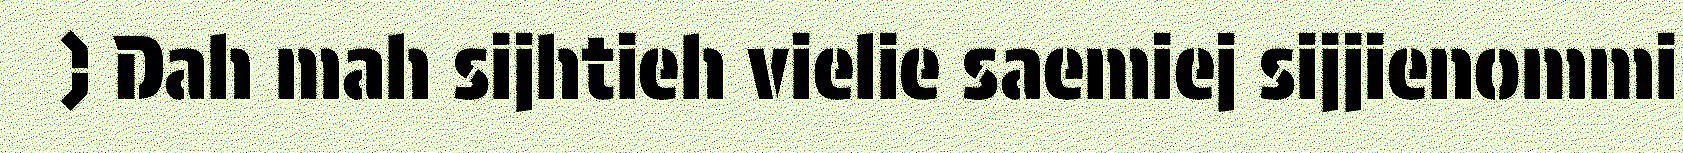
) Dah mah sijhtieh vielie saemiej sijjienommi